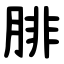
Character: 腓